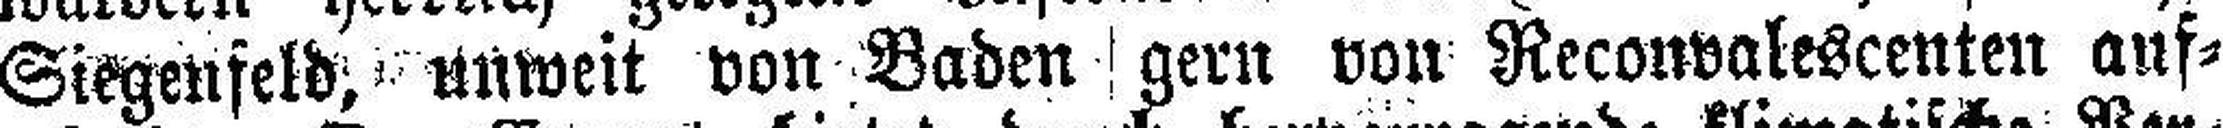
Siegenfeld, unweit von Baden gern von Reconvalescenten auf¬